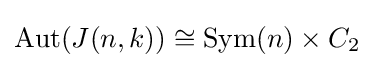
\operatorname {Aut} (J(n,k))\cong \operatorname {Sym} (n)\times C_{2}